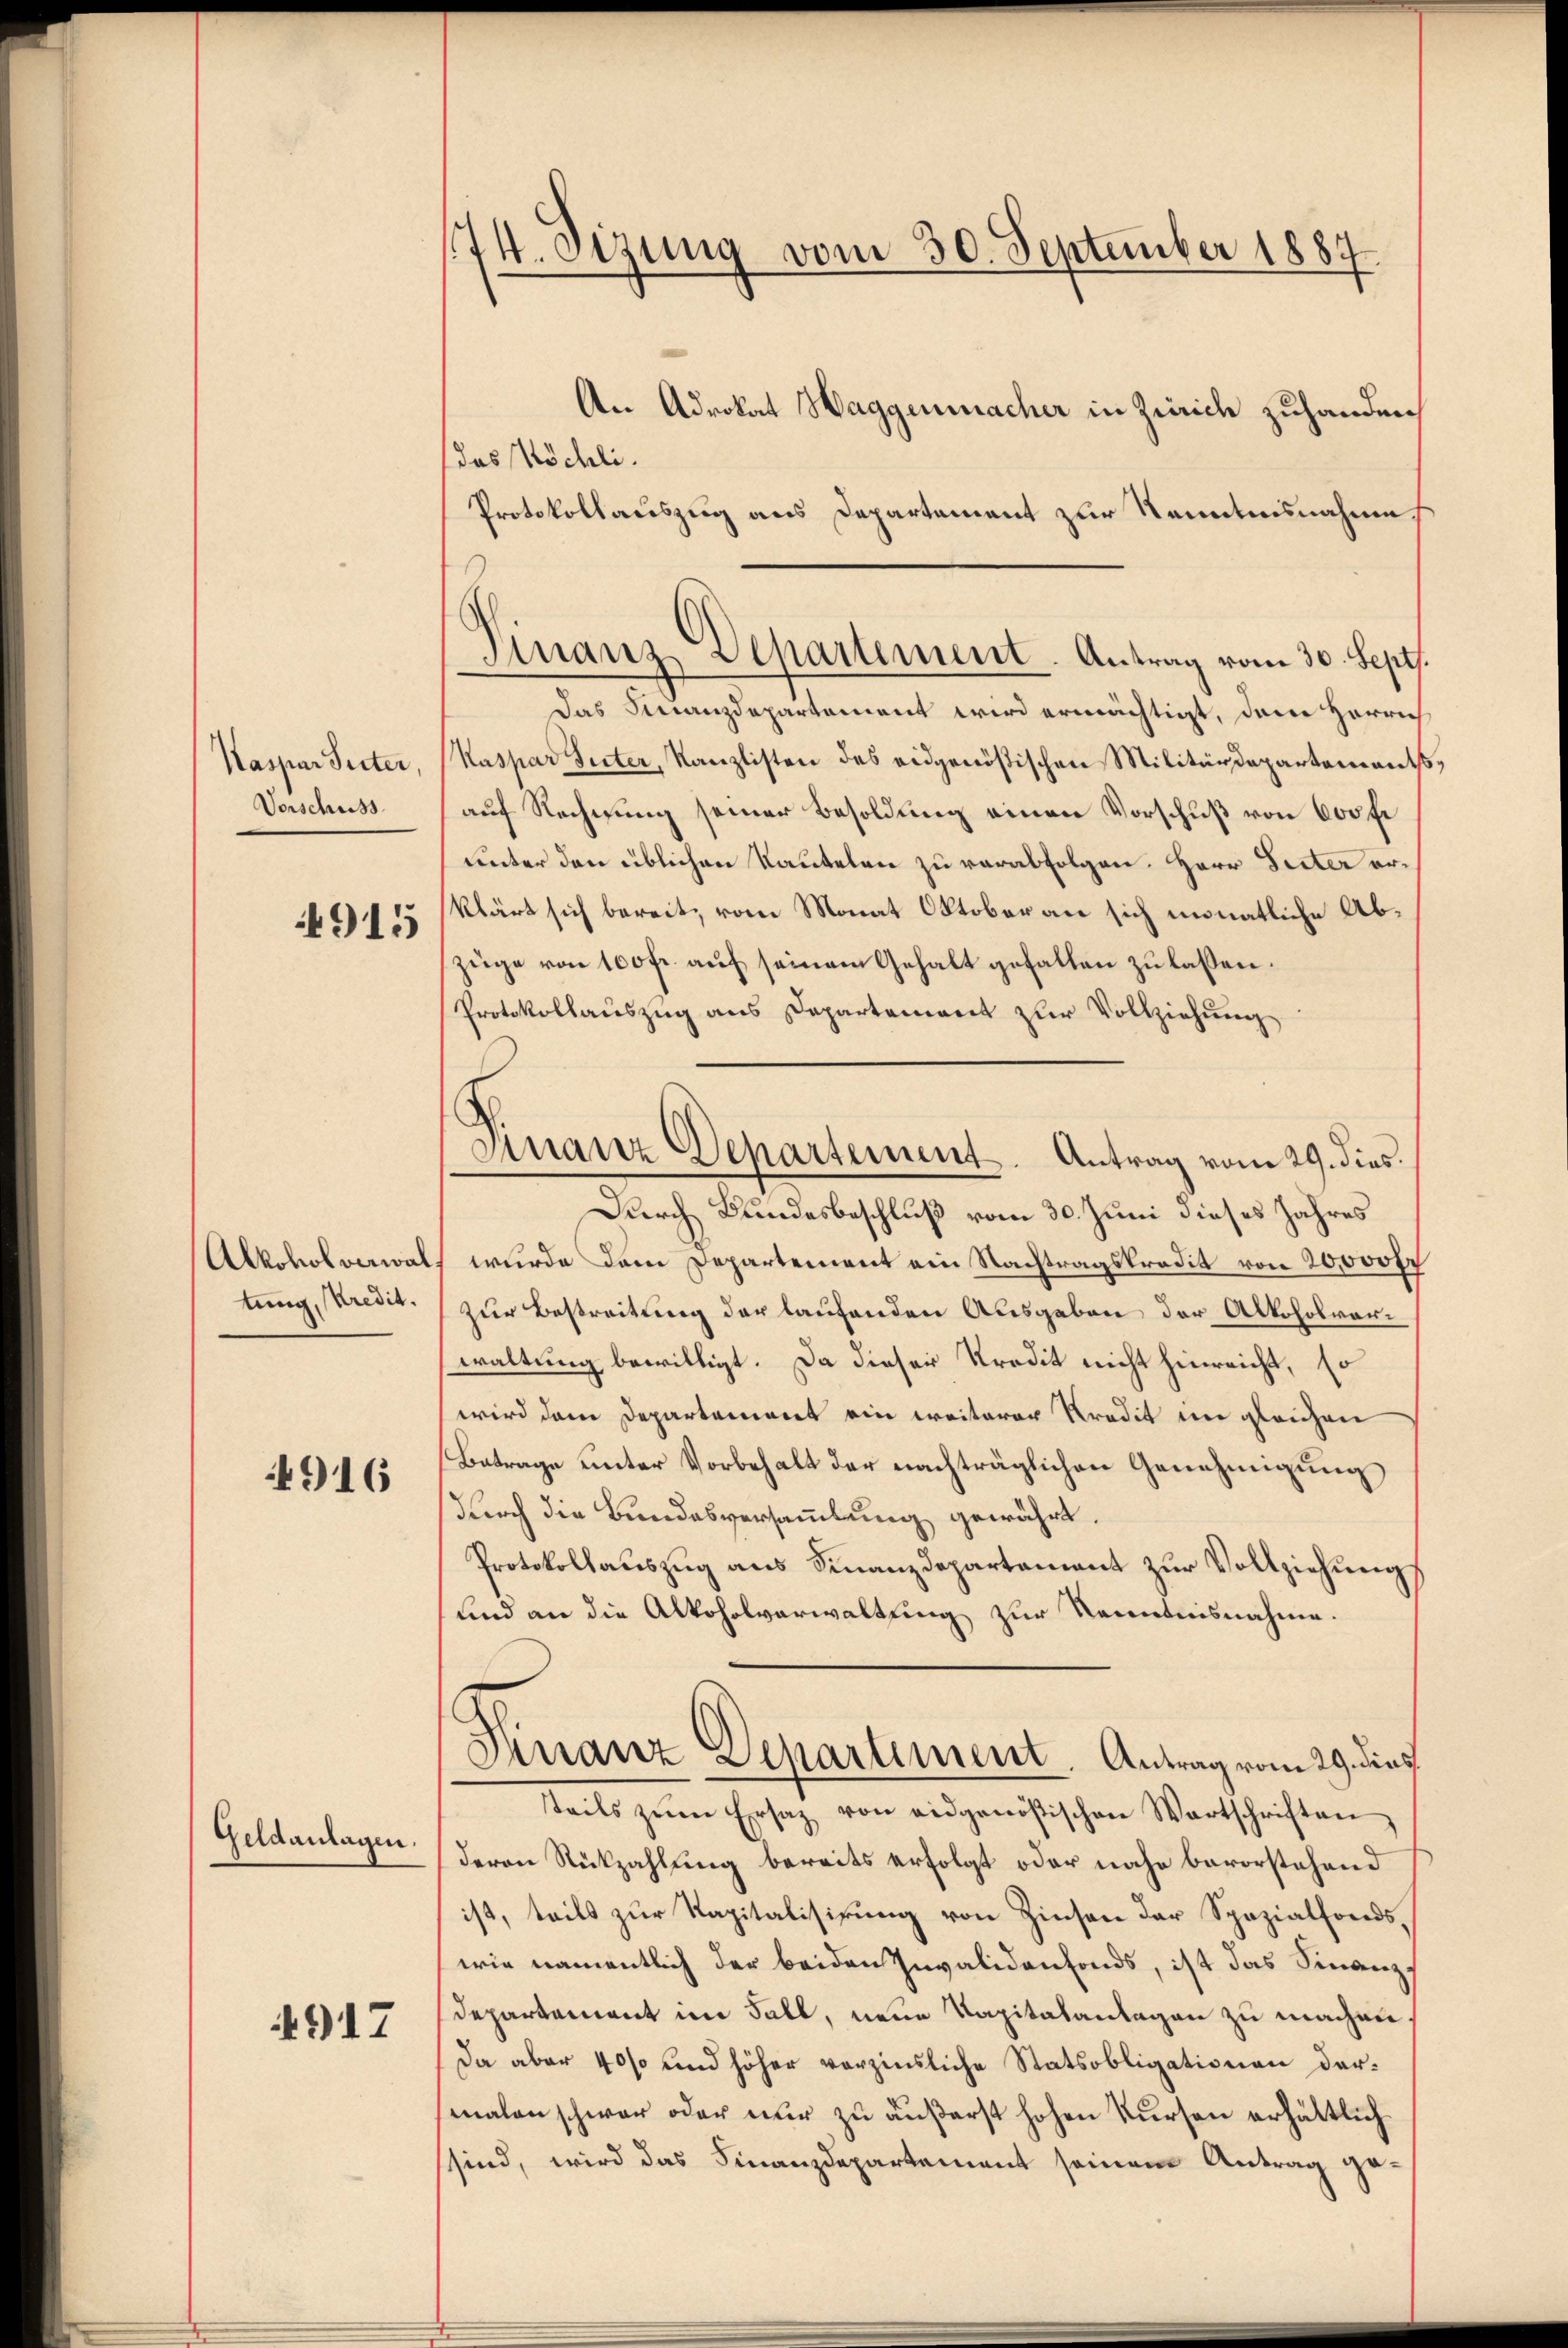
Kaspar Seiter,
Vorschuss

915

Alkohol verwal
tung, Kredit.

4916

Geldanlagen.

4917

174. Sizung vom 30. September 1887
An Advokat Haggenmacher in Zürich zuhanden,
das Köchli

Protokollauszug aus Departement zur Kenntnisnahme
Das Finanzdepartement wird ermächtigt, den Herrich
(Kaspar Seiter, Kanzlisten des eidgenößischen Militärdepartements
auf Rechnung seiner Besoldung einen Vorschuß von 600 fl
unter den üblichen Kautelen zu verabfolgen. Herr Dieter erklärt sich bereit, vom Monat Oktober an sich monatliche Abzüge von 100 fr. auf seinem Gehalt gefallen zu lassen.
Protokollauszug aus Departement zur Vollziehung
Durch Bundesbeschluß vom 30. Juni dieses Jahres
 wurde dem Departement ein Nachtragskredit von 20,000 fr
zur Bestreitung der laufenden Ausgaben der Alkoholvorwaltung bewilligt. Da dieser Kredit nicht hinreicht, so
wird dem Departement ein weiterer Kredit im gleichen
Betrage unter Vorbehalt der nachträglichen Genehmigung
durch die Bundesversammlung gewährt.
Protokollauszug aus Finanzdepartement zur Vollziehung
sind an die Alkoholverwaltung zur Kenntnisnahme.
Finanz Departement. Antrag vom 29. dies
steils zŭm Ersatz von eidgenößischen Wartschriften
deren Rückzahlung bereits erfolgt oder nahe bevorstehend
ist, teils zur Kapitalisirung von Zinsen der Spezialfondswie namentlich der beiden Invalidenfonds, ist das Finanz¬
Departement im Fall, neue Kapitalanlagen zu machen,
Da aber 40% und höher vorzinsliche Statsobligationen darmalen schwer oder nur zu äußerst hohen Kursen erhältlich
sind, wird das Finanzdepartement seinem Antrag ge¬

Finanz-Departement. Antrag vom 30. Sept.

Finanz Departement. Antrag vom 29. dies